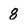
Character: 8